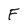
Character: F